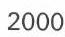
2000